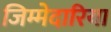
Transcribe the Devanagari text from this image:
जिम्मेदारिया